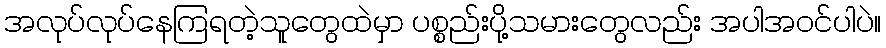
အလုပ်လုပ်နေကြရတဲ့သူတွေထဲမှာ ပစ္စည်းပို့သမားတွေလည်း အပါအဝင်ပါပဲ။